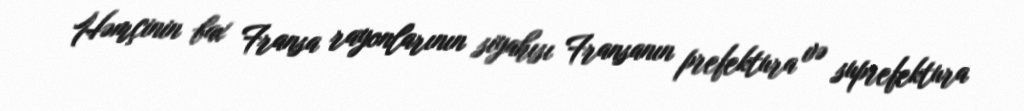
Həmçinin bax Fransa rayonlarının siyahısı Fransanın prefektura və suprefektura